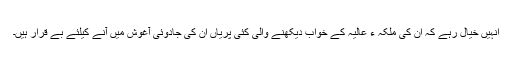
انہیں خیال رہے کہ ان کی ملکہ ء عالیہ کے خواب دیکھنے والی کئی پریاں ان کی جادوئی آغوش میں آنے کیلئے بے قرار ہیں۔